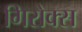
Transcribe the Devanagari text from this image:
गिरोक्स